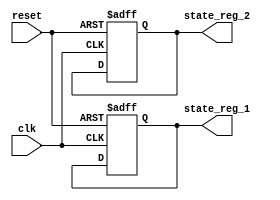
module DefaultStateInitialization (
    input wire clk,              // Clock signal
    input wire reset,            // Active-high reset signal
    output reg [3:0] state_reg_1, // Example state register 1
    output reg [3:0] state_reg_2  // Example state register 2
);

// Internal parameters for default state values
localparam DEFAULT_STATE_1 = 4'b0000;  // Default value for state register 1
localparam DEFAULT_STATE_2 = 4'b1010;  // Default value for state register 2

// Sequential logic to handle reset and state transition
always @(posedge clk or posedge reset) begin
    if (reset) begin
        // Initialization on reset
        state_reg_1 <= DEFAULT_STATE_1;  // Set initial state for register 1
        state_reg_2 <= DEFAULT_STATE_2;  // Set initial state for register 2
    end else begin
        // Normal operation logic (to be defined appropriately)
        // Example: state_reg_1 <= state_reg_1 + 1; // Incrementing state_reg_1 as a placeholder
        // Example: state_reg_2 <= state_reg_2; // Maintain state_reg_2 (do nothing)
    end
end

endmodule